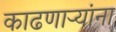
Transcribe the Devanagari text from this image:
काढणाऱ्यांना